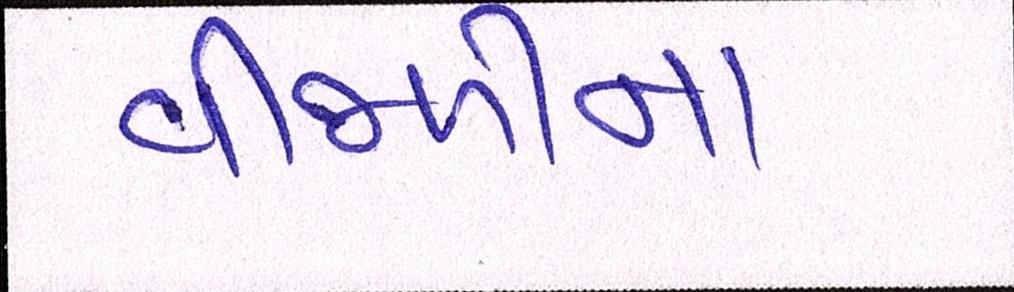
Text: વીજળીના